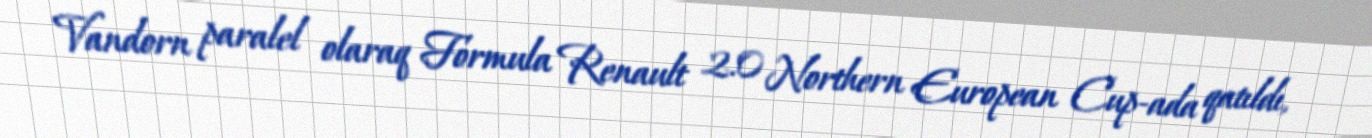
Vandorn paralel olaraq Formula Renault 2.0 Northern European Cup-ada qatıldı,